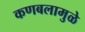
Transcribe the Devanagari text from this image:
कणबलामुळे